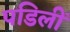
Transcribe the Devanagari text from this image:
पडिलीं